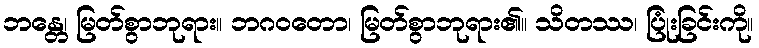
ဘန္တေ၊ မြတ်စွာဘုရား။ ဘဂဝတော၊ မြတ်စွာဘုရား၏။ သိတဿ၊ ပြုံးခြင်းကို။